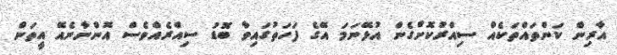
އާރިން ކަންތައްތަކެއް ސިއްރުކޮށްގެން އުޅޭނަމަ އޭގެ ފަހަތުގައިވާ ބޮޑު ސިއްރެއްވެސް އޮންނާނެއޭ އީތަން